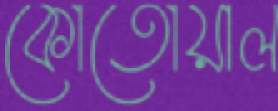
কোতোয়াল